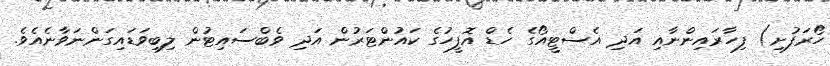
ހޯރަފުށި) ފިހާރައިންނާއި އަދި އެސްޓީއޯގެ ހެޑް އޮފީހުގެ ކައުންޓަރުން އަދި ވެބްސައިޓުން ލިބިވަޑައިގަންނަވާނެއެވެ.